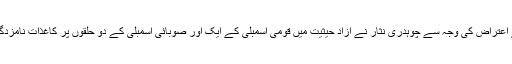
نواز شریف کے اعتراض کی وجہ سے چوہدری نثار نے آزاد حیثیت میں قومی اسمبلی کے ایک اور صوبائی اسمبلی کے دو حلقوں پر کاغذات نامزدگی جمع کرائے ۔